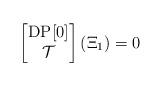
LaTeX: \begin{align*}\begin{bmatrix}\operatorname{DP[0]}\\ \mathcal{T}\end{bmatrix}(\Xi_1)=0 \end{align*}